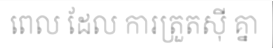
ពេល ដែល ការត្រួតស៊ី គ្នា